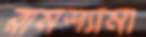
রামশ্যামা